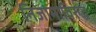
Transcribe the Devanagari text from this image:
निजामाविरुद्ध